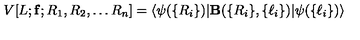
V [ L ; { \bf f } ; R _ { 1 } , R _ { 2 } , \ldots R _ { n } ] = \langle \psi ( \{ R _ { i } \} ) \vert { \bf { B } } ( \{ R _ { i } \} , \{ \ell _ { i } \} ) \vert \psi ( \{ \ell _ { i } \} ) \rangle